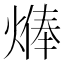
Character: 𱫷